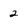
Character: 2